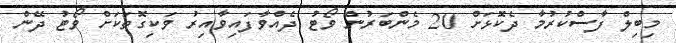
މިބިލް ފާސްކުރުމާ ދެކޮޅަށް 20 މެންބަރުން ވޯޓު ދެއްވާފައިވާއިރު ވަކިގޮތަކަށް ވޯޓު ދޭން